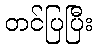
တင်ပြပြီး